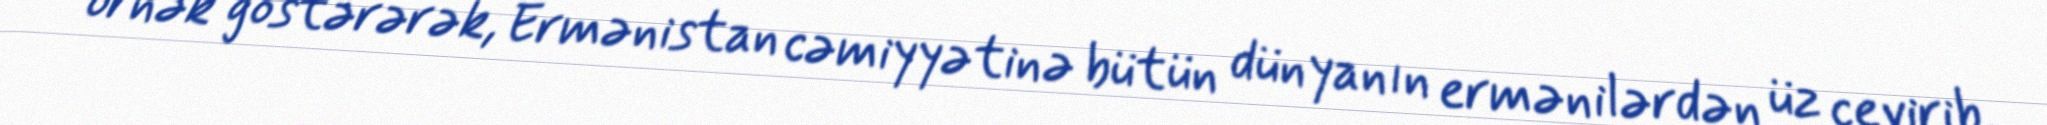
örnək göstərərək, Ermənistan cəmiyyətinə bütün dünyanın ermənilərdən üz çevirib,